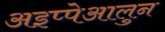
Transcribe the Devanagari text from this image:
अइप्पेआलुन